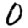
Digit: 0